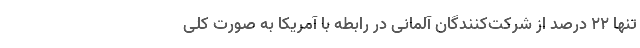
تنها ۲۲ درصد از شرکت‌کنندگان آلمانی در رابطه با آمریکا به صورت کلی